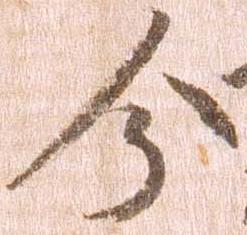
分